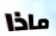
ماذا